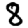
Digit: 8